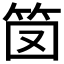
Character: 笝